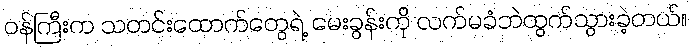
ဝန်ကြီးက သတင်းထောက်တွေရဲ့ မေးခွန်းကို လက်မခံဘဲထွက်သွားခဲ့တယ်။